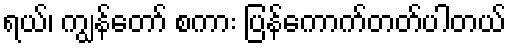
ရယ်၊ ကျွန်တော် စကား ပြန်ကောက်တတ်ပါတယ်